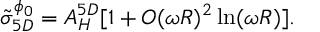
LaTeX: \tilde { \sigma } _ { 5 D } ^ { \phi _ { 0 } } = A _ { H } ^ { 5 D } [ 1 + { \cal O } ( \omega R ) ^ { 2 } \ln ( \omega R ) ] .